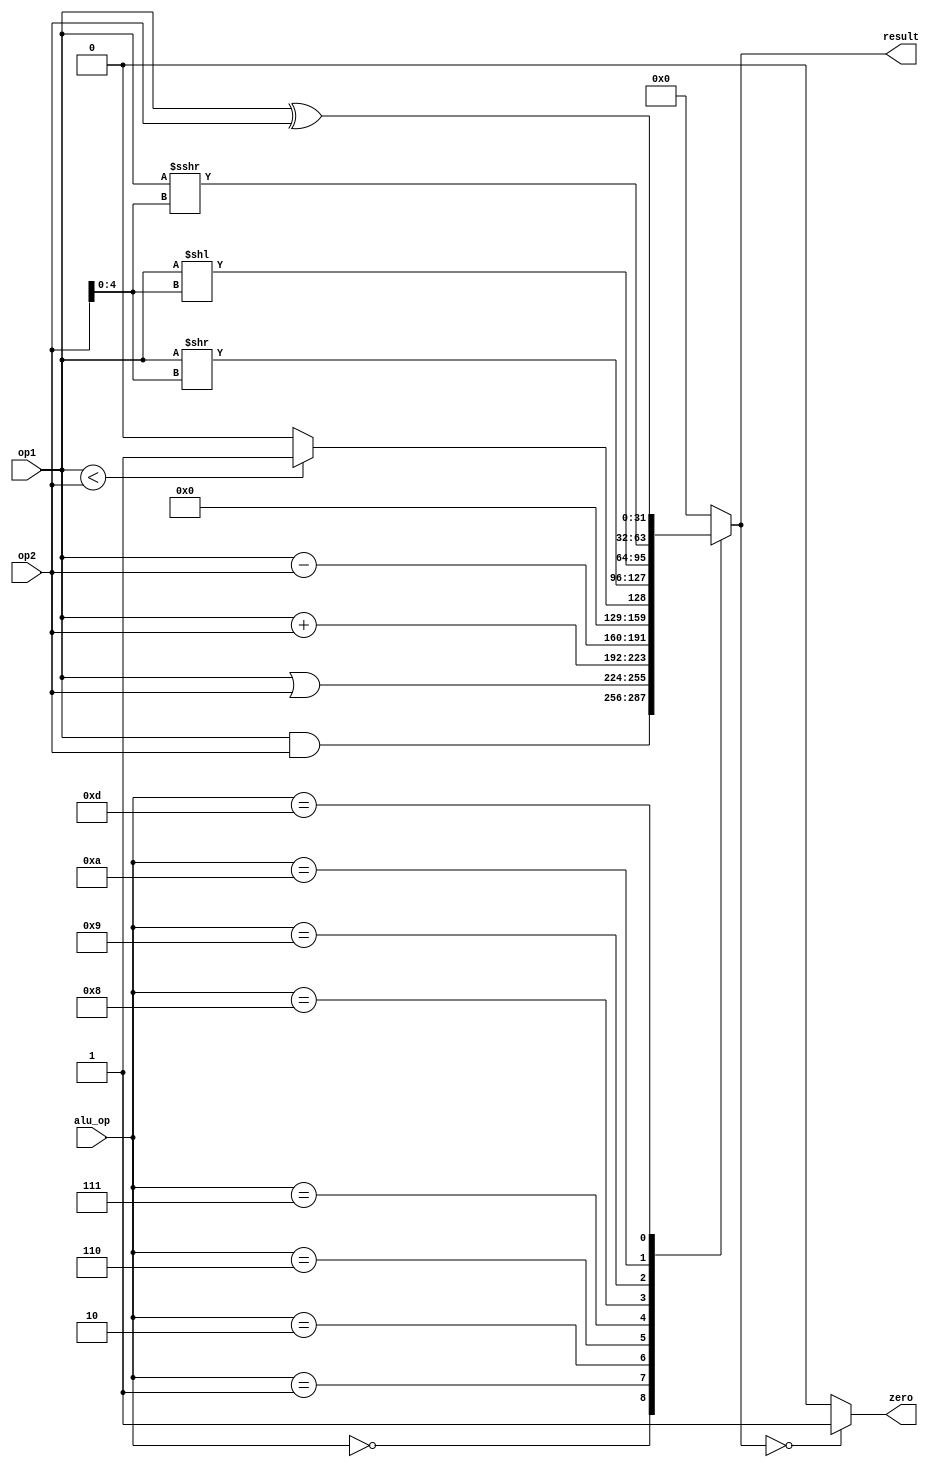
module alu
    // Declaring inputs & outputs
    (output reg zero, //1bit
    output reg [31:0] result, //32bit
    input wire [31:0] op1, //32bit
    input wire [31:0] op2, //32bit
    input wire [3:0] alu_op); //4bit
    
    //Parameters of alu_op -- MUX!!!
    parameter[3:0] ALUOP_AND = 4'b0000;
    parameter[3:0] ALUOP_OR = 4'b0001;
    parameter[3:0] ALUOP_ADD = 4'b0010;
    parameter[3:0] ALUOP_SUB = 4'b0110;
    parameter[3:0] ALUOP_SLT = 4'b0111; //less than
    parameter[3:0] ALUOP_SRL = 4'b1000; //right shift
    parameter[3:0] ALUOP_SLL = 4'b1001; //left shift
    parameter[3:0] ALUOP_SRA = 4'b1010; //right arithmetic shift
    parameter[3:0] ALUOP_XOR = 4'b1101;


    always@(*) //     .
        begin
            case (alu_op)
                ALUOP_AND: result = op1 & op2;
                ALUOP_OR: result = op1 | op2;
                ALUOP_ADD: result = op1 + op2;
                ALUOP_SUB: result = op1 - op2;
                ALUOP_SLT: result = ($signed(op1) < $signed(op2)) ? 32'b1 : 32'b0; // ! 
                //1     , 0   
                ALUOP_SRL: result = op1 >> op2[4:0];
                ALUOP_SLL: result = op1 << op2[4:0];
                ALUOP_SRA: result = $unsigned($signed(op1) >>> op2[4:0]);
                //    -->      
                //  -->     
                ALUOP_XOR: result = op1 ^ op2;
                default: result = 32'b0; 
            endcase

            zero = (result == 32'b0) ? 1'b1 : 1'b0;
        end
             
endmodule

/*
alu_op  
0000  AND     op1 & op2
0001  OR      op1 | op2
0010        op1 + op2
0110        op1 - op2
0111    op1 < op2 
1000     op2 bits    op1 >> op2[4:0]
1001     op2 bits     op1 << op2[4:0]
1010     op2 bits    op1 >>> op2[4:0]
1101  XOR     op1 ^ op2
*/